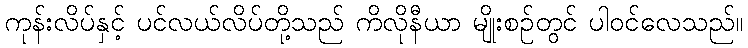
ကုန်းလိပ်နှင့် ပင်လယ်လိပ်တို့သည် ကိလိုနီယာ မျိုးစဉ်တွင် ပါဝင်လေသည်။